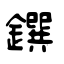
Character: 鐉